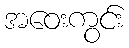
အဝေးကွင်း